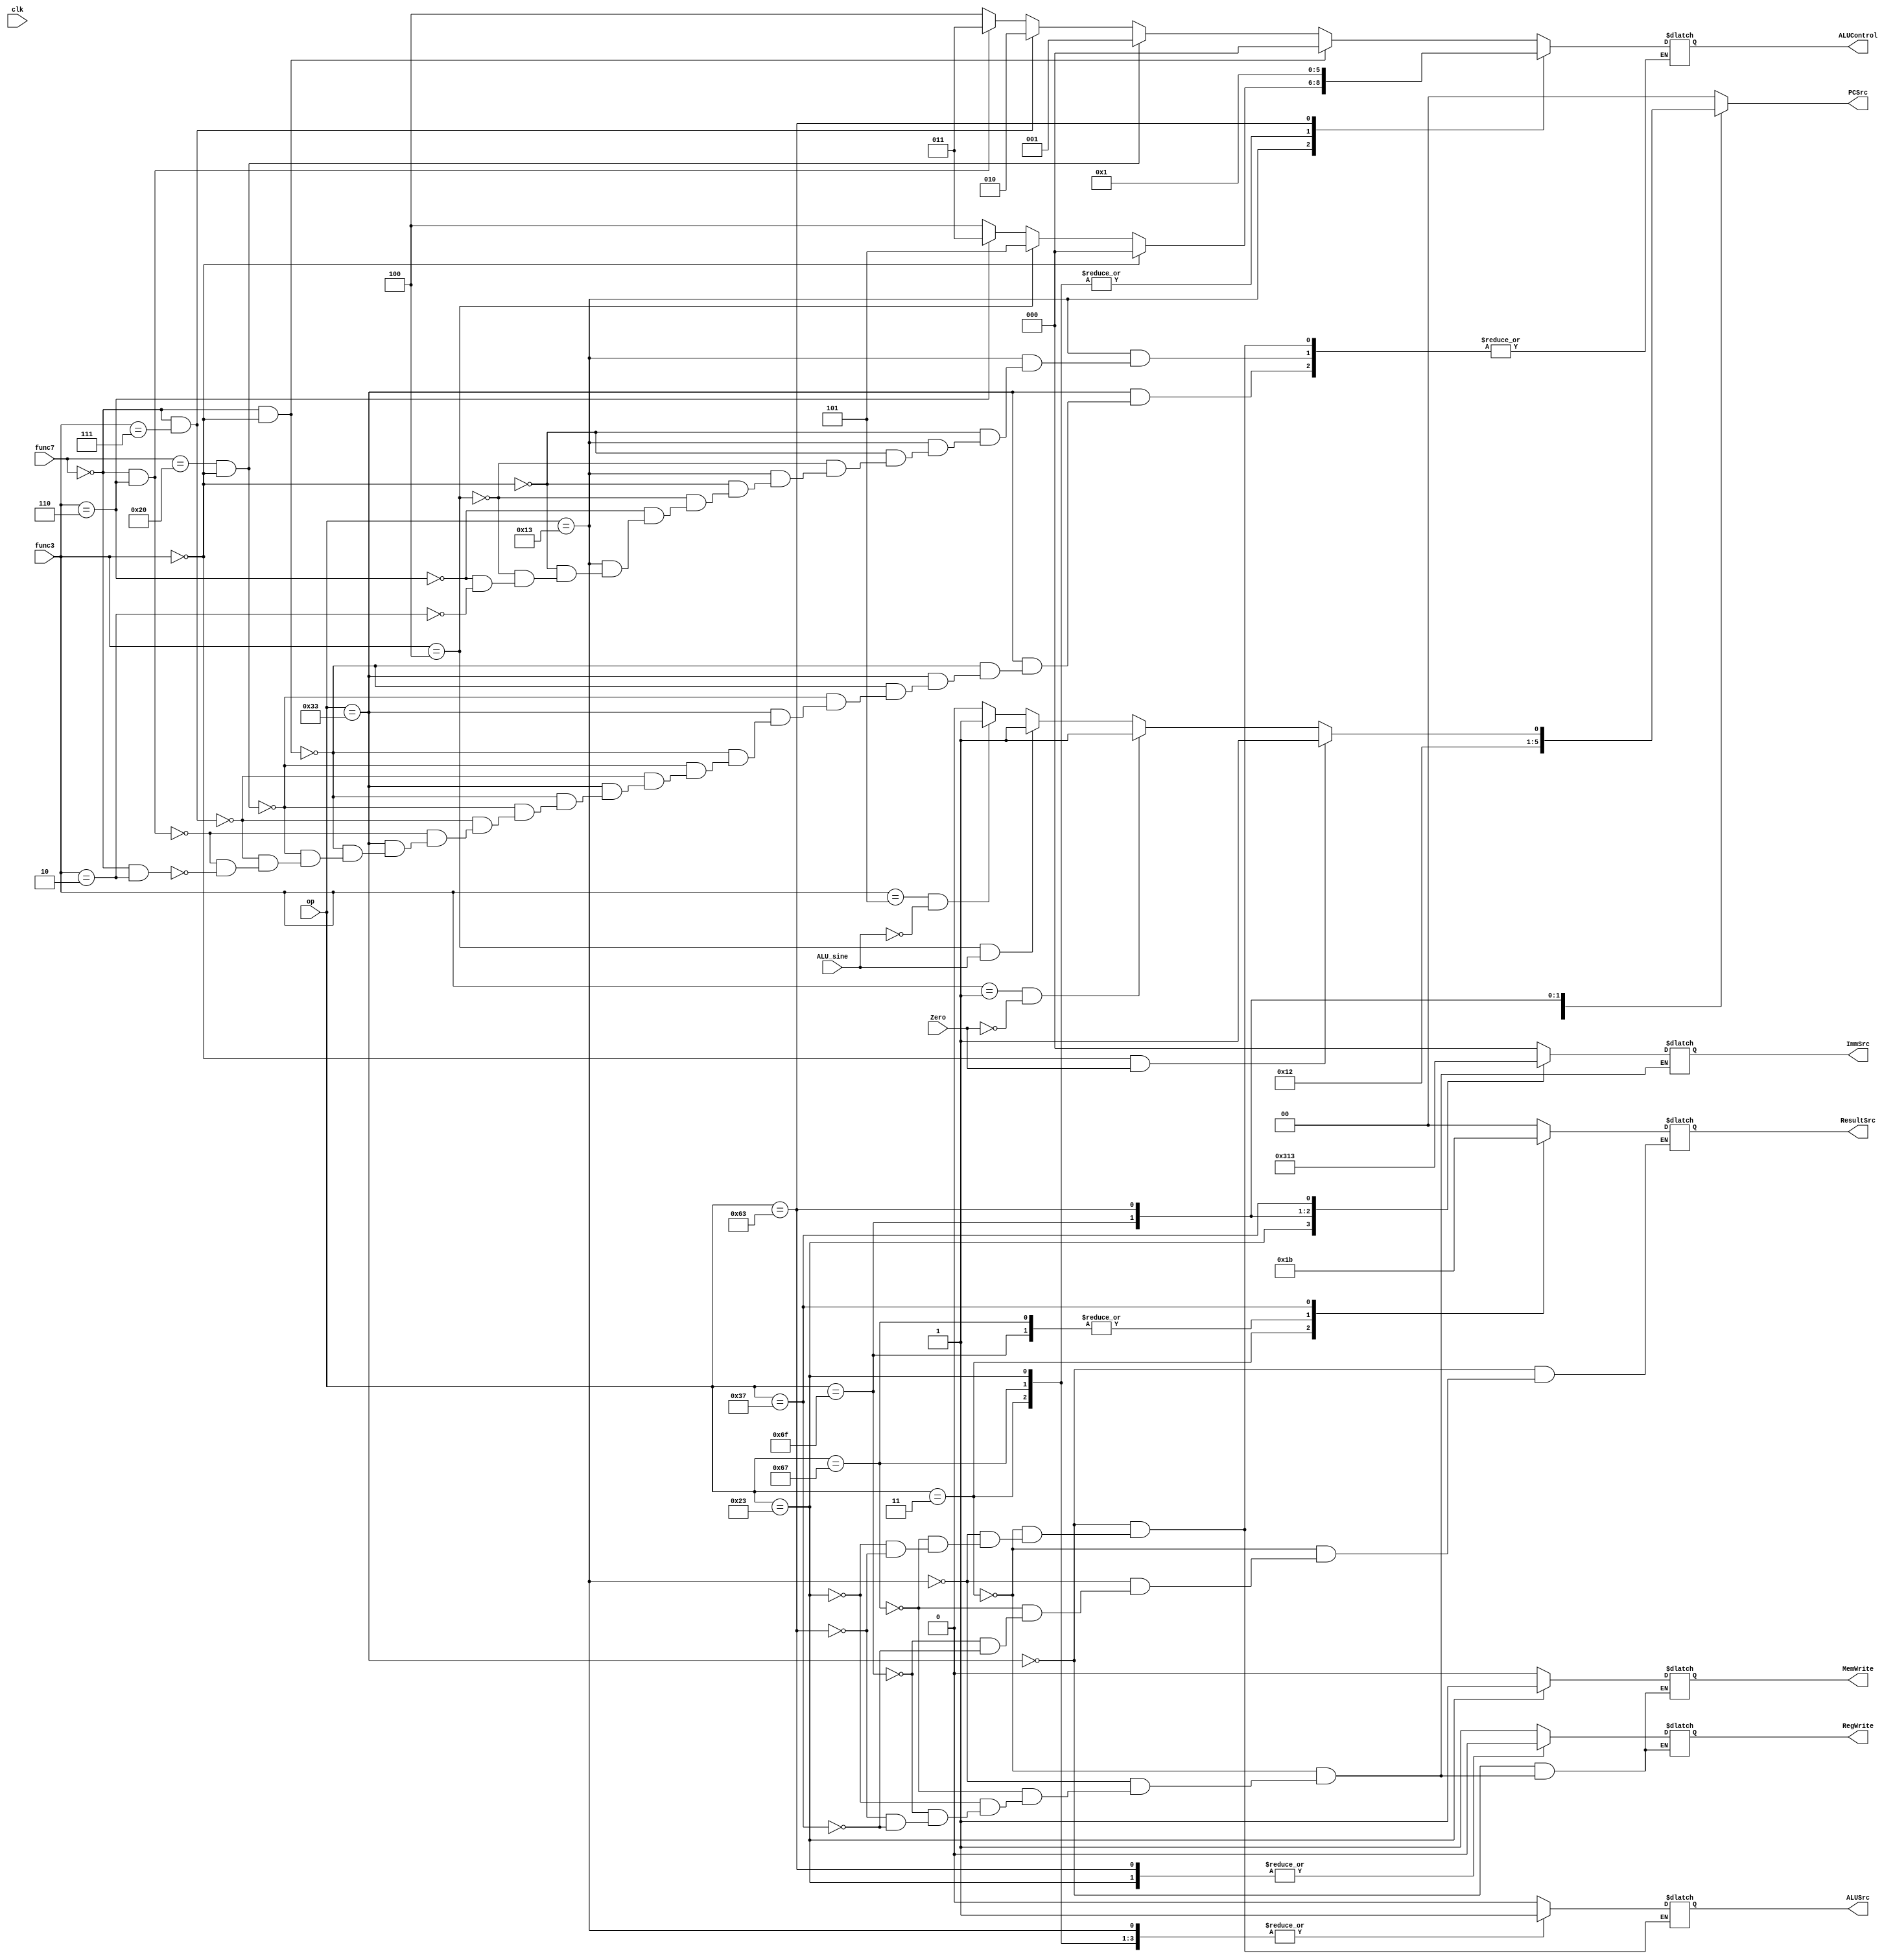
module controller (
    input clk, Zero, ALU_sine,
    input[2:0] func3,
    input[6:0] op, func7,
    output reg MemWrite, ALUSrc, RegWrite,
    output reg [1:0] PCSrc, ResultSrc,
    output reg [2:0] ALUControl, ImmSrc
);

    always@(op,func3,func7) begin
        case(op)
            7'b0110011: begin
                            PCSrc = 2'b00;
                            ResultSrc = 2'b00;
                            MemWrite = 1'b0;
                            ALUSrc = 1'b0;
                            RegWrite = 1'b1;
                            if(func7 == 7'b0000000 && func3 == 3'b000) ALUControl = 3'b000;
                            else if(func7 == 7'b0100000 && func3 == 3'b000) ALUControl = 3'b001;
                            else if(func7 == 7'b0000000 && func3 == 3'b111) ALUControl = 3'b010;
                            else if(func7 == 7'b0000000 && func3 == 3'b110) ALUControl = 3'b011;
                            else if(func7 == 7'b0000000 && func3 == 3'b010) ALUControl = 3'b100;

                        end

            7'b0000011: begin
                            PCSrc = 2'b00;
                            ResultSrc = 2'b01;
                            MemWrite = 1'b0;
                            ALUControl = 3'b000;
                            ALUSrc = 1'b1;
                            ImmSrc = 3'b000;
                            RegWrite = 1'b1;
                        end

            7'b0010011: begin
                            PCSrc = 2'b00;
                            ResultSrc = 2'b00;
                            MemWrite = 1'b0;
                            ALUSrc = 1'b1;
                            ImmSrc = 3'b000;
                            RegWrite = 1'b1;
                            if(func3 == 3'b000) ALUControl = 3'b000;
                            else if(func3 == 3'b100) ALUControl = 3'b101;
                            else if(func3 == 3'b110) ALUControl = 3'b011;
                            else if(func3 == 3'b010) ALUControl = 3'b100;
                        end

            7'b1100111: begin
                            PCSrc = 2'b10;
                            ResultSrc = 2'b10;
                            MemWrite = 1'b0;
                            ALUControl = 3'b000;
                            ALUSrc = 1'b1;
                            ImmSrc = 3'b000;
                            RegWrite = 1'b1;
                        end

            7'b0100011: begin
                            PCSrc = 2'b00;
                            MemWrite = 1'b1;
                            ALUControl = 3'b000;
                            ALUSrc = 1'b1;
                            ImmSrc = 3'b001;
                            RegWrite = 1'b0;
                        end

            7'b1101111: begin
                            PCSrc = 2'b01;
                            ResultSrc = 2'b10;
                            MemWrite = 1'b0;
                            ImmSrc = 3'b100;
                            RegWrite = 1'b1;
                        end

            7'b1100011: begin
                            MemWrite = 1'b0;
                            ALUControl = 3'b001;
                            ALUSrc = 1'b0;
                            ImmSrc = 3'b010;
                            RegWrite = 1'b0;
                            if (func3 == 3'b000 && Zero)  PCSrc = 2'b01;
                            else if (func3 == 3'b001 && ~Zero)  PCSrc = 2'b01; 
                            else if (func3 == 3'b100 && ALU_sine)  PCSrc = 2'b01; 
                            else if (func3 == 3'b101 && ~ALU_sine)  PCSrc = 2'b01; 
			    else PCSrc = 2'b00;
                        end

            7'b0110111: begin
                            PCSrc = 2'b00;
                            ResultSrc = 2'b11;
                            MemWrite = 1'b0;
                            ImmSrc = 3'b011;
                            RegWrite = 1'b1;
                        end
		default: begin
                            PCSrc = 2'b00;
                        end
        endcase 
    end
endmodule